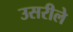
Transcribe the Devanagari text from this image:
उसरीले